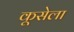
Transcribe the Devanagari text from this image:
कूसेला